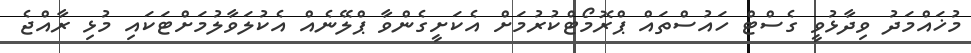
މުޚައްމަދު ވިދާޅުވީ ގެސްޓް ހައުސްތައް ޕްރޮމޯޓްކުރުމަށް އެކަށީގެންވާ ޕްލޭނެއް އެކުލަވާލުމަށްޓަކައި މުޅި ރާއްޖެ